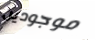
موجودين